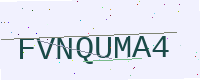
Text: FVNQUMA4